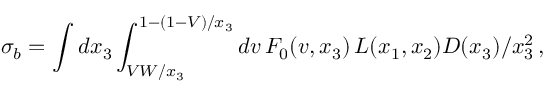
\sigma _ { b } = \int d x _ { 3 } \int _ { V W / x _ { 3 } } ^ { 1 - ( 1 - V ) / x _ { 3 } } d v \, F _ { 0 } ( v , x _ { 3 } ) \, { \cal L } ( x _ { 1 } , x _ { 2 } ) D ( x _ { 3 } ) / x _ { 3 } ^ { 2 } \, ,